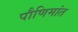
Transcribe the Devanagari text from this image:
पौणिमांत